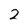
Character: 2